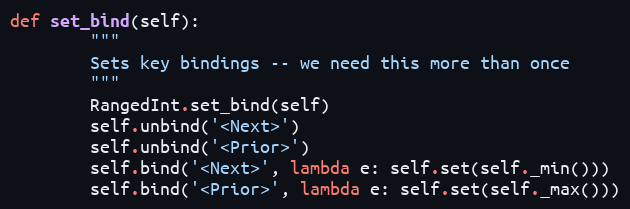
Language: Python
def set_bind(self):
        """
        Sets key bindings -- we need this more than once
        """
        RangedInt.set_bind(self)
        self.unbind('<Next>')
        self.unbind('<Prior>')
        self.bind('<Next>', lambda e: self.set(self._min()))
        self.bind('<Prior>', lambda e: self.set(self._max()))